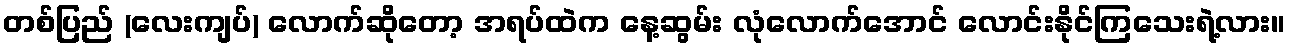
တစ်ပြည် (လေးကျပ်) လောက်ဆိုတော့ အရပ်ထဲက နေ့ဆွမ်း လုံလောက်အောင် လောင်းနိုင်ကြသေးရဲ့လား။